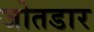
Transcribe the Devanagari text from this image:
जोतडार